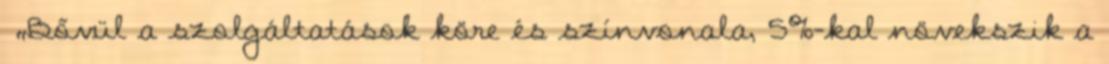
▪„Bővül a szolgáltatások köre és színvonala, 5%-kal növekszik a